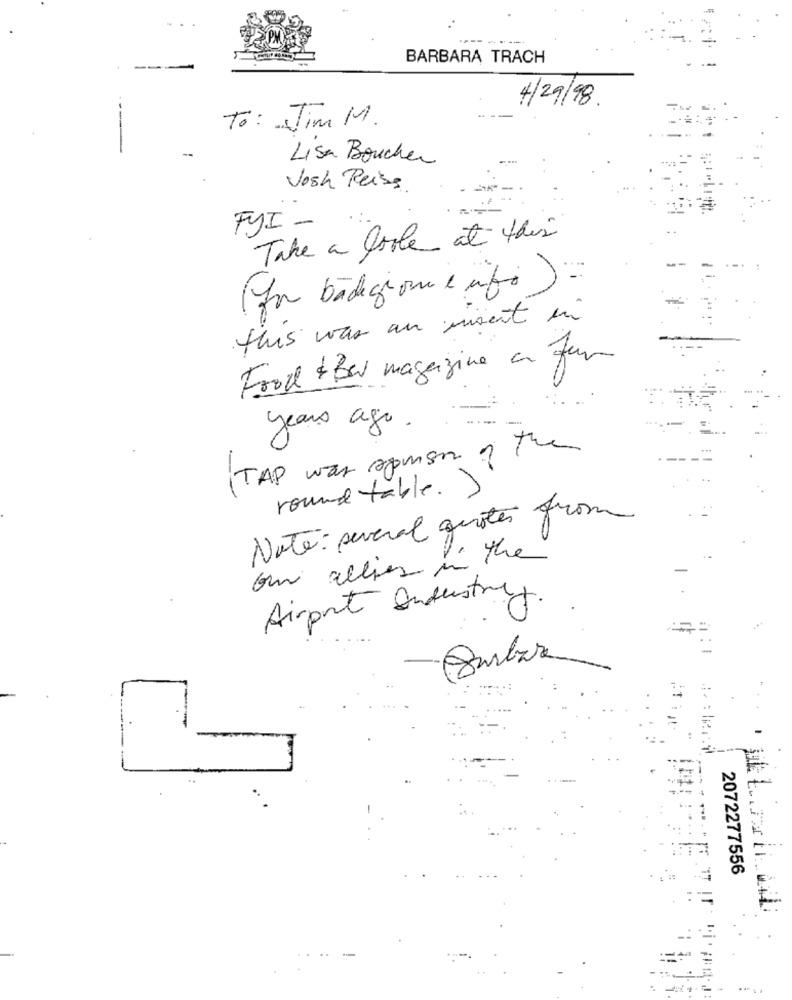
BARBARA TRACH
----
4/29/98.
To: Jim M.
--
Lisa Boucher
Josh Reiss.
FYI-
Take a look at this
(For badegione e info ) -
this was an misent in
Food & Bar magazine a fun
years ago.
TAP was apprsn of the
round table. J
Note: several quotes from
our allies in the
Airport Anderstrct
2072277556